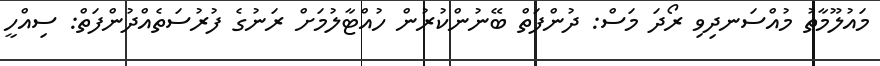
މައުލޫމާތު މުއްސަނދިވި ރޯދަ މަސް: ދުންފަތް ބޭނުންކުރުން ހުއްޓާލުމަށް ރަނުގެ ފުރުސަތެއްދުންފަތް: ސިއްހީ